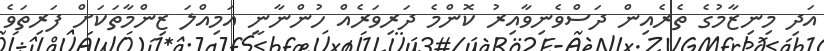
އަދި މިނިޒާމުގެ ތެރެއިން ދަސްވެނިވާއިރު ކޮންމެ ދަރިވަރެއް ހުންނާނީ އަމިއްލަ ޒިންމާތަކަށް ފަރިތަވެ